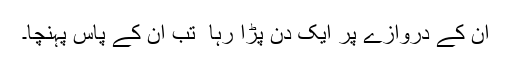
ان کے دروازے پر ایک دن پڑا رہا ٗ تب ان کے پاس پہنچا۔